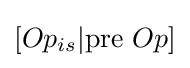
[Op_{is}|{\text{pre }}Op]